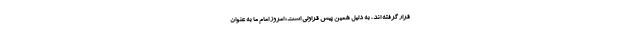
قرار گرفته اند، به دلیل همین پیش قراولی است؛ امروز امام ما به عنوان